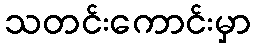
သတင်းကောင်းမှာ